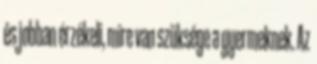
és jobban érzékeli, mire van szüksége a gyermeknek. Az